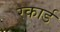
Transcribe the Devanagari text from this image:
रकार्ड